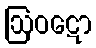
ဩဝဋော